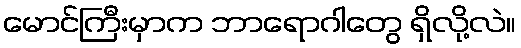
မောင်ကြီးမှာက ဘာရောဂါတွေ ရှိလို့လဲ။